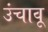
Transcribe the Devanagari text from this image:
उंचावू